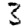
Digit: 3